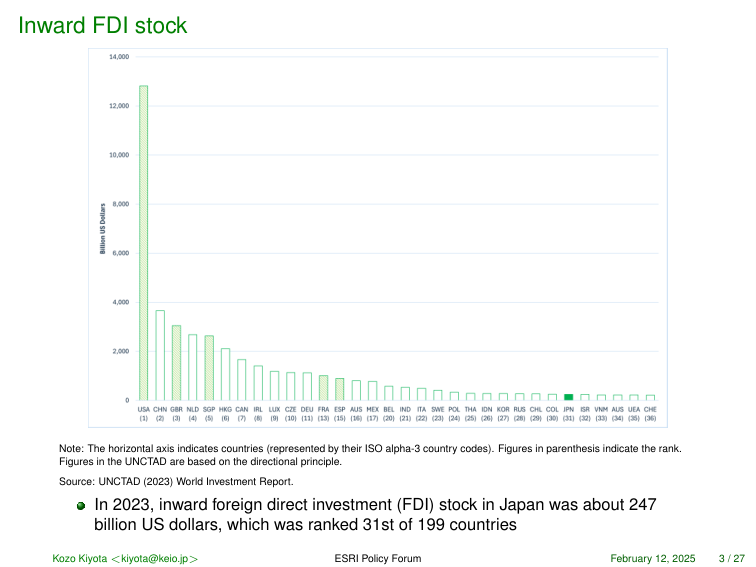
Inward FDI stock

14,000
12,000
10,000
8,000
6,000
4,000
2,000
0

Million US Dollars

USA (1)
CHN (2)
GBR (3)
NLD (4)
SGP (5)
HKG (6)
CAN (7)
IRL (8)
LUX (9)
CZE (10)
DEU (11)
FRA (13)
ESP (15)
AUS (16)
MEX (17)
BEL (20)
IND (21)
ITA (22)
SWE (23)
POL (24)
THA (25)
IDN (26)
KOR (27)
RUS (28)
CHL (29)
COL (30)
JPN (31)
ISR (32)
VNM (33)
AUS (34)
USA (35)
CHE (36)

Note: The horizontal axis indicates countries (represented by their ISO alpha-3 country codes). Figures in parenthesis indicate the rank. Figures in the UNCTAD are based on the directional principle.
Source: UNCTAD (2023) World Investment Report.

● In 2023, inward foreign direct investment (FDI) stock in Japan was about 247 billion US dollars, which was ranked 31st of 199 countries

Kozo Kiyota <kiyota@keio.jp> ESRI Policy Forum February 12, 2025 3 / 27